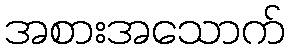
အစားအသောက်